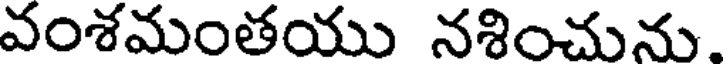
వంశమంతయు నశించును.